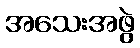
အသေးအဖွဲ